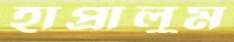
হাপ্‌রালুম